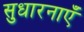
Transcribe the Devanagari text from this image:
सुधारनाएँ